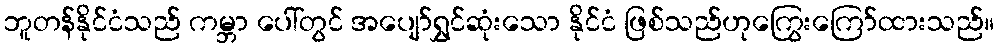
ဘူတန်နိုင်ငံသည် ကမ္ဘာ ပေါ်တွင် အပျော်ရွှင်ဆုံးသော နိုင်ငံ ဖြစ်သည်ဟုကြွေးကြော်ထားသည်။